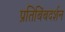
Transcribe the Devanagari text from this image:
प्रतिबिंबदर्शन